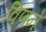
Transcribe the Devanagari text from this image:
विणने